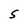
Character: s